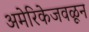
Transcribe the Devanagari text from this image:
अमेरिकेजवळून